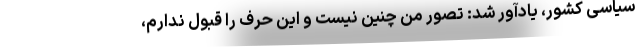
سیاسی کشور، یادآور شد: تصور من چنین نیست و این حرف را قبول ندارم،